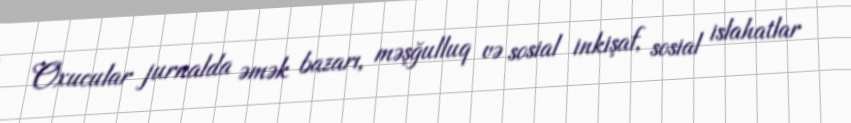
Oxucular jurnalda əmək bazarı, məşğulluq və sosial inkişaf, sosial islahatlar